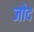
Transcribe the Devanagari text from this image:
जोद